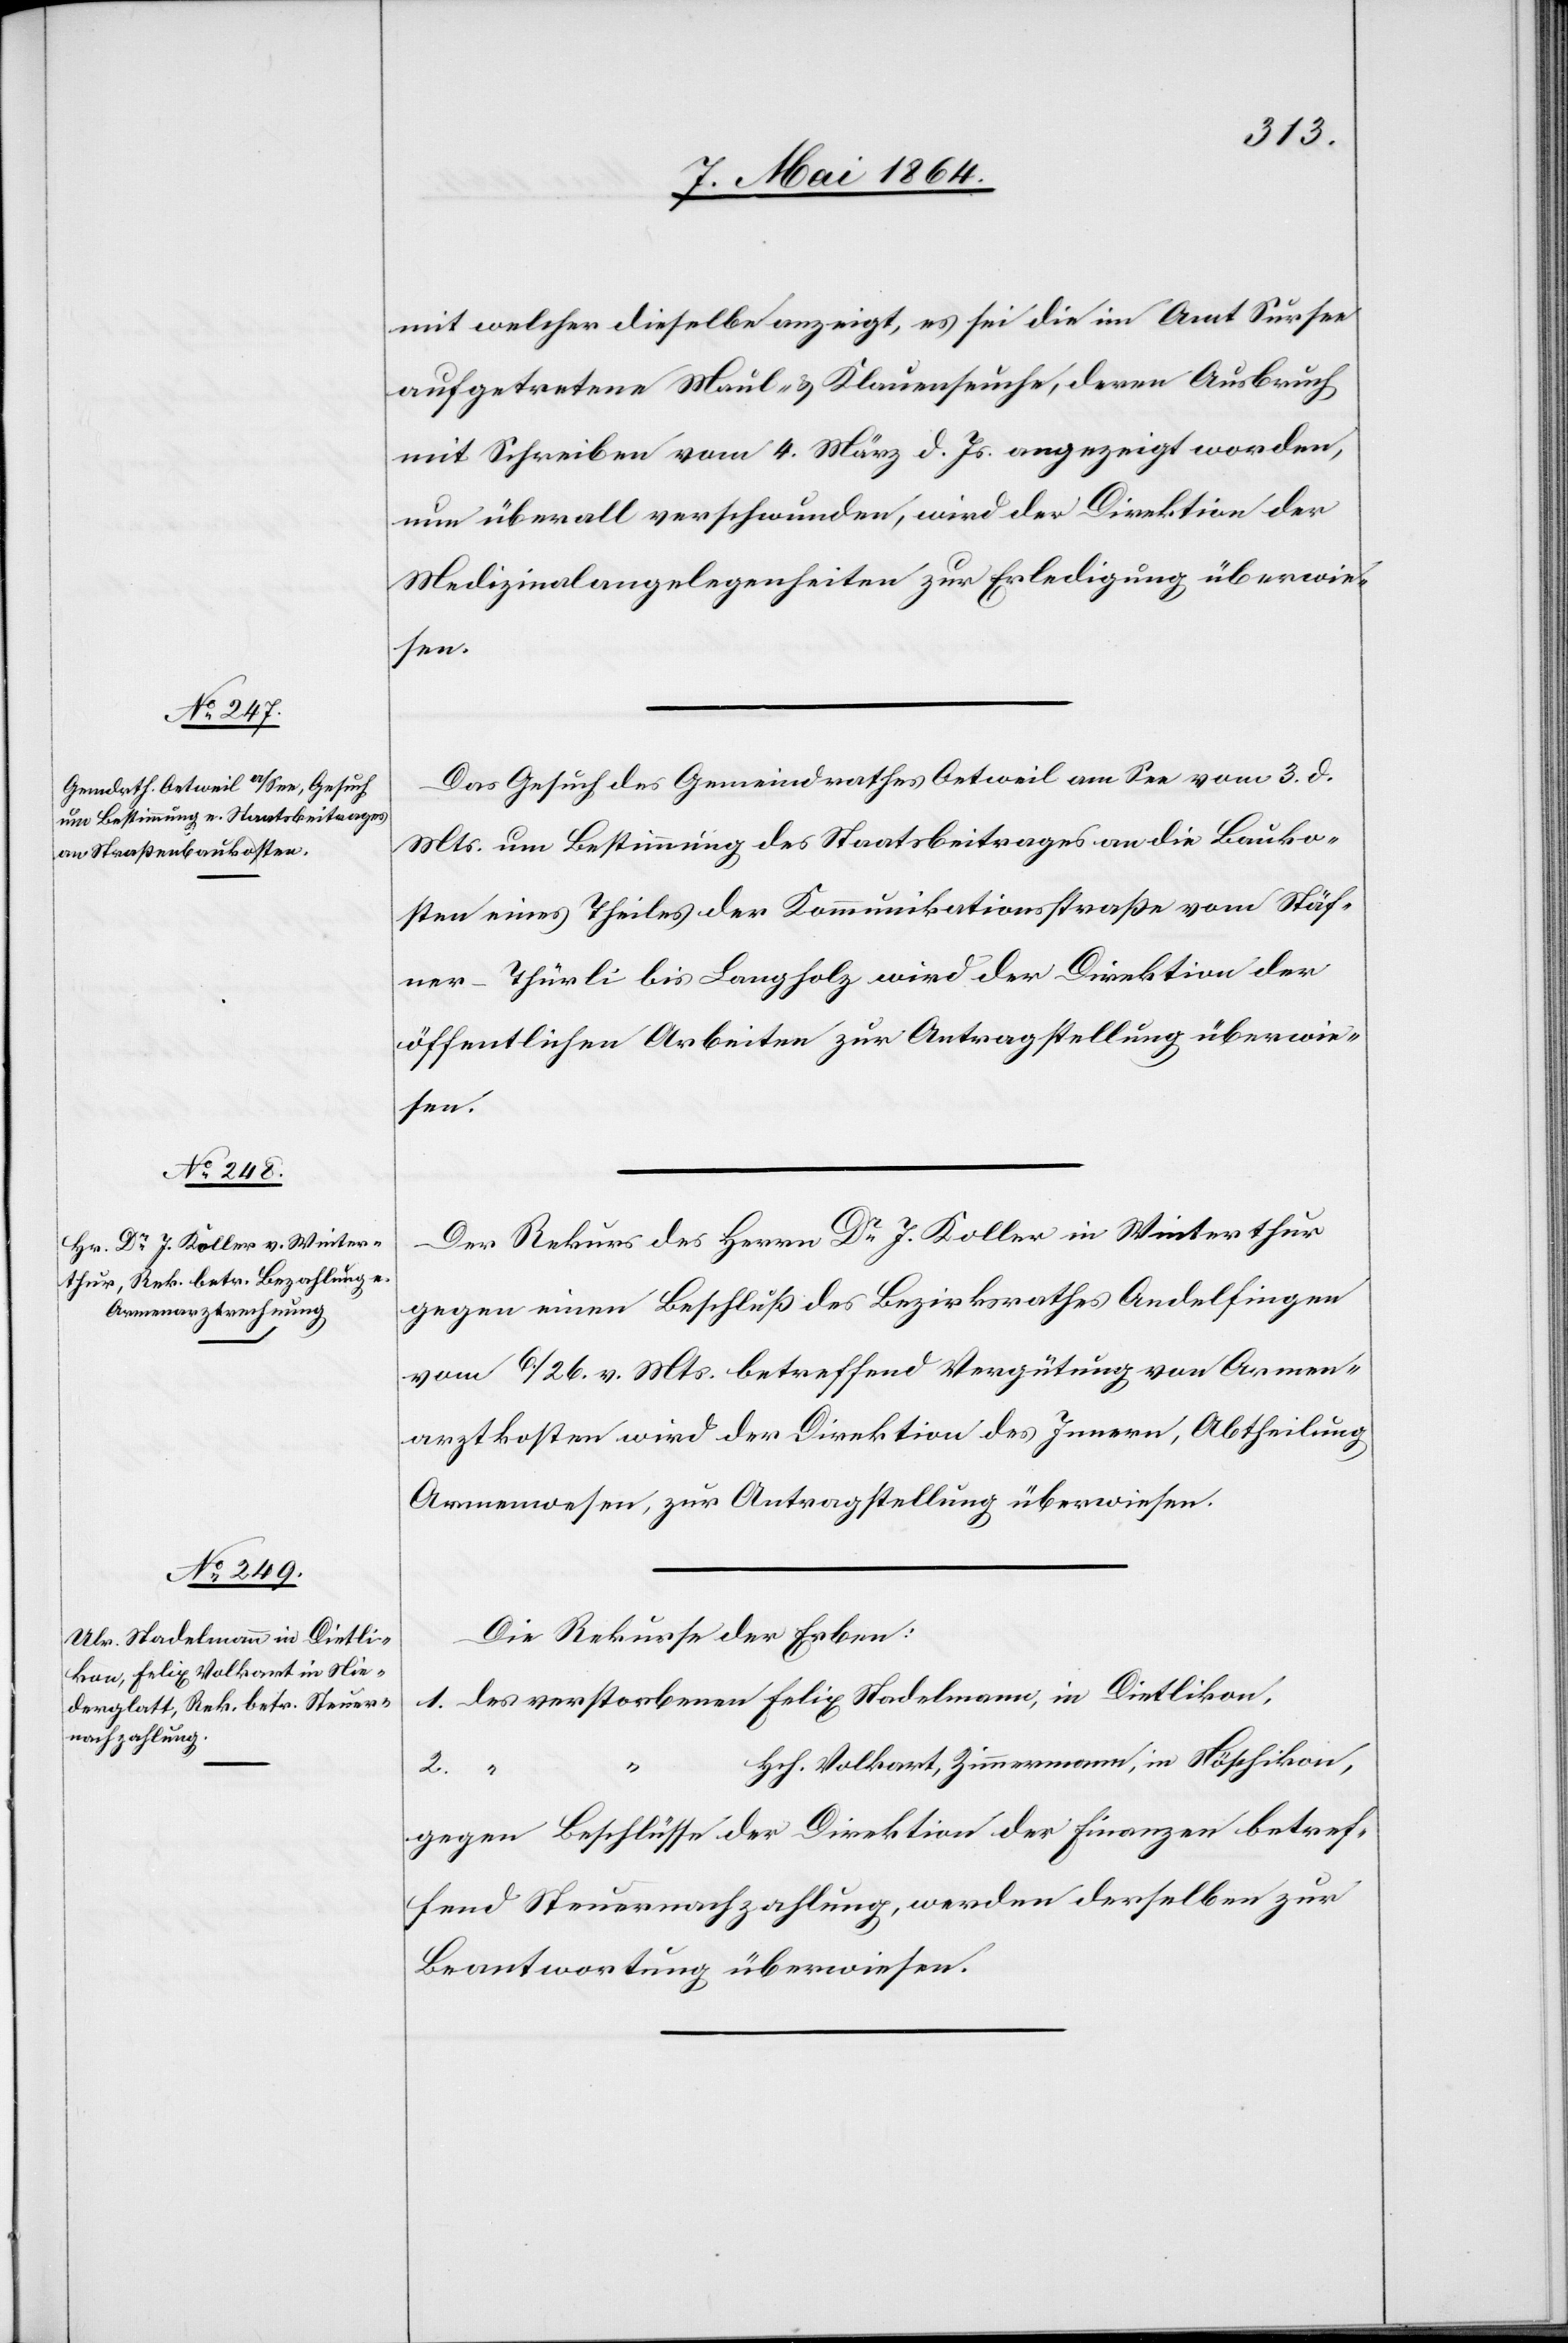
11. Mai 1864.]
mit welcher dieselbe anzeigt, es sei die im Amt Sursee
aufgetretene Maul- u. Klauenseuche, deren Ausbruch
mit Schreiben vom 4. März d. Js. angezeigt worden,
nun überall verschwunden, wird der Direktion der
Medizinalangelegenheiten zur Erledigung überwie¬
sen.
Das Gesuch des Gemeindrathes Oetweil am See vom 3. d.
Mts. um Bestimmung des Staatsbeitrages an die Bauko¬
sten eines Theiles der Kommunikationsstraße vom Stäf¬
ner-Thürli bis Langholz wird der Direktion der
öffentlichen Arbeiten zur Antragstellung überwie¬
sen.
Der Rekurs des Herrn Dr J. Koller in Winterthur
gegen einen Beschluß des Bezirksrathes Andelfingen
vom 6./26. v. Mts. betreffend Vergütung von Armen¬
arztkosten wird der Direktion des Innern, Abtheilung
Armenwesen, zur Antragstellung überwiesen.
Die Rekurse der Erben:
1. des verstorbenen 	Felix Stadelmann, in Dietlikon,
Volkart, Zimmermann, in Nöschikon,
gegen Beschlüsse der Direktion der Finanzen betref¬
fend Steuernachzahlung, werden derselben zur
Beantwortung überwiesen.